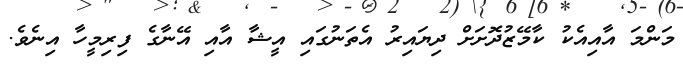
މަންމަ އާއިއެކު ކާމޭޒުދޮށަށް ދިޔައިރު އެތަނުގައި އީޝާ އާއި އޭނާގެ ފިރިމީހާ އިނެވެ.